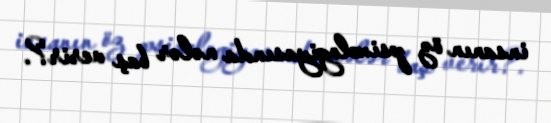
insanın öz psixologiyasında nələr baş verir?.